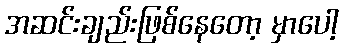
အဆင်းချည်းဖြစ်နေတော့ မှာပေါ့